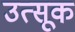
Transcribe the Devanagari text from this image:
उत्सूक